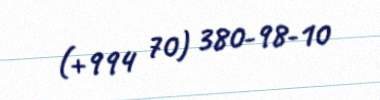
(+994 70) 380-98-10